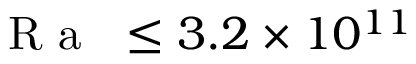
\mathrm { ~ \textit ~ { ~ R ~ a ~ } ~ } \leq 3 . 2 \times 1 0 ^ { 1 1 }